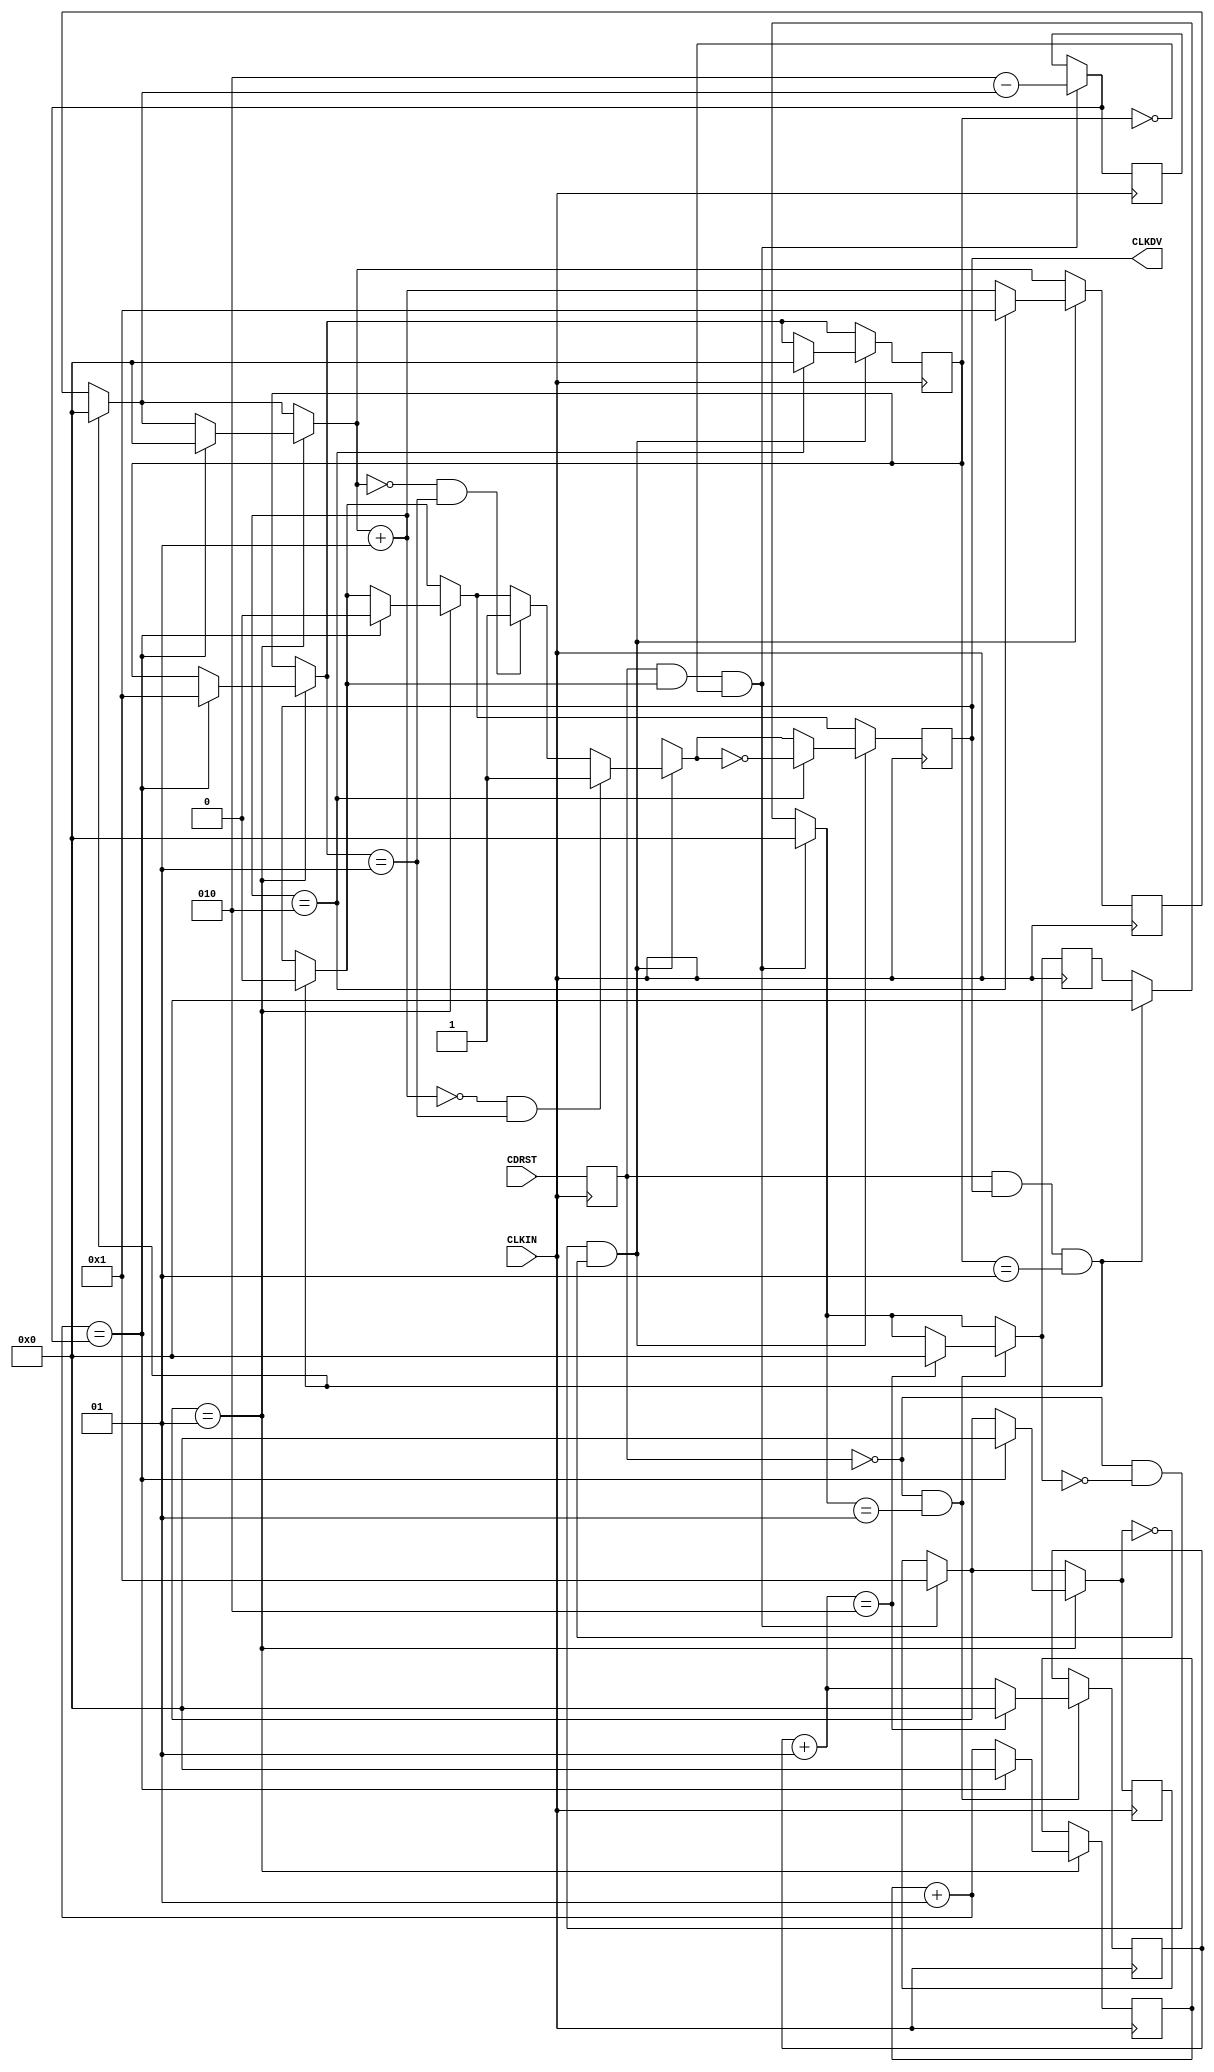
module X_CLK_DIV (CLKDV,CDRST,CLKIN);

parameter DIVIDE_BY = 2;
parameter DIVIDER_DELAY = 0;

input CDRST,CLKIN;
  parameter LOC = "UNPLACED";
output CLKDV;
integer CLOCK_DIVIDER;
integer RESET_WAIT_COUNT;
integer START_WAIT_COUNT;
integer DELAY_RESET;
integer DELAY_START;
integer STARTUP;
integer NO_BITS_REMAINING;
reg clkdv_out;
reg CDRST_i;
reg notifier;

 wire cdrst_in;
 wire clkin_in;

 buf buf_cdrst (cdrst_in, CDRST);
 buf buf_clkin (clkin_in, CLKIN);
 buf buf_clkdv (CLKDV, clkdv_out);


initial begin
 CLOCK_DIVIDER = 0;
 RESET_WAIT_COUNT = 0;
 START_WAIT_COUNT = 0;
 DELAY_RESET = 0;
 NO_BITS_REMAINING = 0;
 DELAY_START = DIVIDER_DELAY;
 clkdv_out = 1'b0;
 STARTUP = 1;
end

always @(negedge clkin_in)
begin
CDRST_i = cdrst_in;
end

always @(posedge clkin_in)
begin

if (CDRST_i && (clkdv_out == 1'b1) && (STARTUP == 1))
begin
clkdv_out = 1'b0;
CLOCK_DIVIDER = 0;
DELAY_START = DIVIDER_DELAY;
end
 
if (CDRST_i && (clkdv_out == 1'b1) && (STARTUP == 0))
 begin
	NO_BITS_REMAINING = ((DIVIDE_BY/2 + 1) - CLOCK_DIVIDER);
	DELAY_RESET = 1 ;
	DELAY_START = DIVIDER_DELAY ;
 end

if (DELAY_RESET == 1)		
	begin
	RESET_WAIT_COUNT = RESET_WAIT_COUNT + 1;
		 if (RESET_WAIT_COUNT == NO_BITS_REMAINING)
 		 begin
			clkdv_out = 1'b0;
			DELAY_RESET = 0;
			RESET_WAIT_COUNT = 0;
			STARTUP = 1;
			CLOCK_DIVIDER = 0;
		 end
	end


if (CDRST_i == 1'b0 && DELAY_START == 1) 
 begin
 START_WAIT_COUNT = START_WAIT_COUNT + 1;
	if (START_WAIT_COUNT == DIVIDE_BY)
	begin
	START_WAIT_COUNT = 0;
	DELAY_START  = 0;
	end
 end


if (CDRST_i == 1'b0 && DELAY_START == 0 && DELAY_RESET == 0) 
 begin
	if ((CLOCK_DIVIDER == 0) && (STARTUP == 1))
	begin
	clkdv_out = 1'b1;
	end

 CLOCK_DIVIDER = CLOCK_DIVIDER + 1;
	if ((CLOCK_DIVIDER == 0) && (STARTUP == 1))
	begin
	clkdv_out = 1'b1;
	end
	if (CLOCK_DIVIDER == (DIVIDE_BY/2 + 1)) 
	begin
	STARTUP = 0;
	CLOCK_DIVIDER = 1;
	clkdv_out = ~clkdv_out;
	end
 end

end


specify

	$width (posedge CLKIN, 0:0:0, 0, notifier);
	$width (negedge CLKIN, 0:0:0, 0, notifier);
	$width (posedge CDRST, 0:0:0, 0, notifier);
	$period (posedge CLKIN, 0:0:0, notifier);
	specparam PATHPULSE$ = 0;

endspecify


endmodule